Lock hospitals Punjab
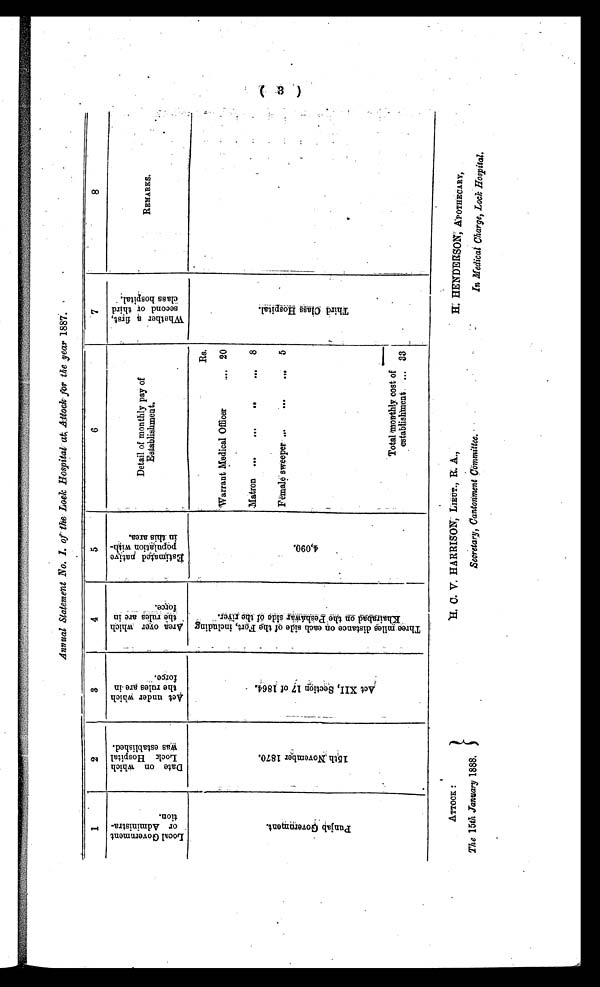
ATTOCK :
The 15th .January 1888.
H . C . V .
H A R R I S O N , L I E U T . , R .
A . ,
Secretary, Cantonment Committee.
H. HENDERSON, APOTHECARY,
In Medical Charge, Lock Hospital.
Annual Statement No. I. of the Lock Hospital at, Attock for the year 1887.
1
2
3
4
5
6
7
8
L o c a l G o v e r n m e n t o f A d m i n i s t r a t i o n .
D a t e o n w h i c h L o c k H o s p i t a l w a s e s t a b l i s h e d .
A c t u n d e r w h i c h t h e r u l e s a r e i n f o r c e .
A r e a o v e r w h i c h t h e r u l e s a r e i n f o r c e .
E s t i m a t e d n a t i v e p o p u l a t i o n w i t h i n t h i s a r e a .
Detail of monthly pay of
Establishment.
W h e t h e r a f i r s t s e c o n d o f t h i r d c l a s s h o s p i t a l .
R E M A R K S .
P u n j a b G o v e r n m e n t .
1 5 t h N o v e m b e r 1 8 7 0 .
A c t X I I , S e c t i o n 1 7 o f 1 8 6 4 .
T h r e e m i l e s d i s t a n c e o n e a c h s i d e o f t h e F o r t , i n c l u d i n g K h a i r a b a d o n t h e P e s h á w a r s i d e o f t h e r i v e r .
4 , 0 9 0 .
Rs.
T h i r d C l a s s H o s p i t a l .
Warrant Medical Officer
. . . 20
Matron ...
...
...
. . . 8
Female sweeper ...
...
. . . 5
Total Monthly, cost of
establishment . ... 33
( 3 )